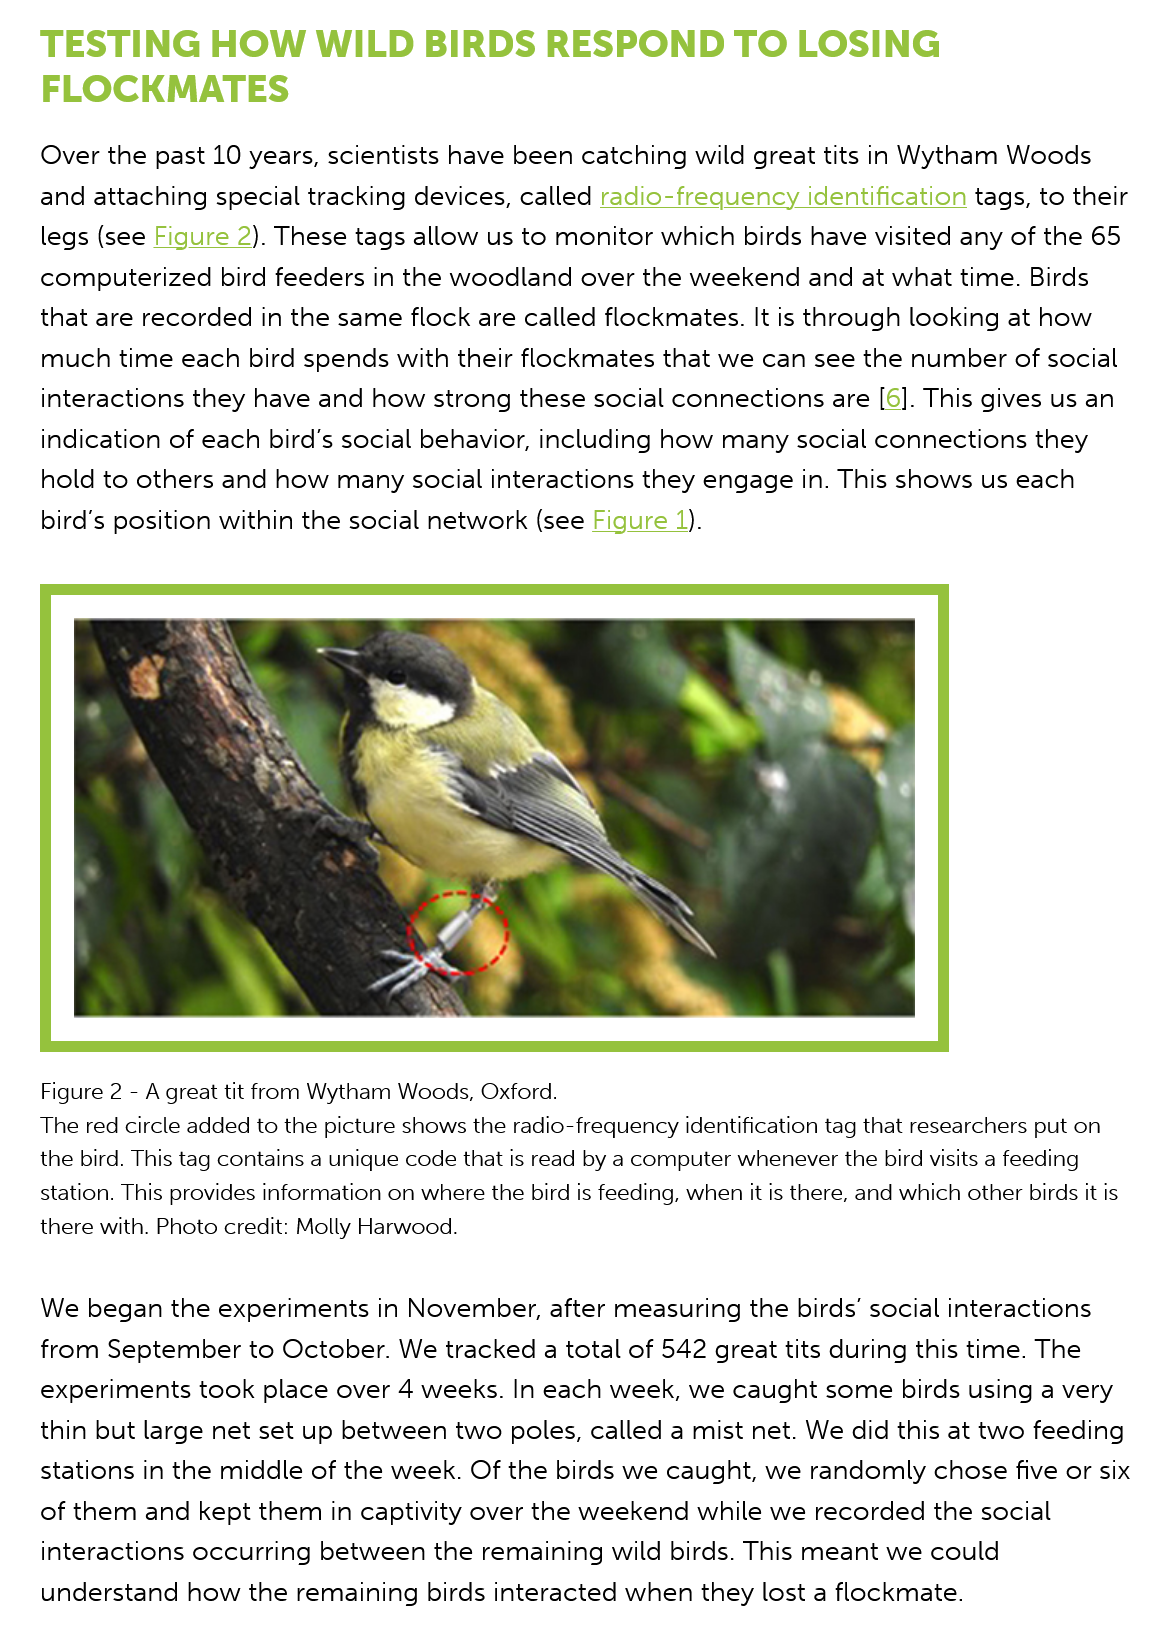
TESTING    HOW    WILD  BIRDS    RESPOND    TO    LOSING
    FLOCKMATES
    Over the  past 10 years, scientists have been catching wild great tits in Wytham  Woods
    and attaching  special tracking devices, called radio-frequency  identification tags, to their
    legs (see Figure  2). These tags allow us to monitor which birds have visited any of the 65
    computerized   bird feeders in the woodland   over the weekend   and at what  time. Birds
    that are recorded in the same flock  are called flockmates. It is through looking at how
    much time   each bird spends with  their flockmates  that we can see  the number of  social
    interactions they have and  how  strong these  social connections are  [6]. This gives us an
    indication of each bird's social behavior, including how  many social connections   they
    hold to others and  how  many social interactions  they engage  in. This shows us each
    bird's position within the social network (see Figure  1).
    Figure 2
     -
     A great tit from Wytham Woods, Oxford.
    The red circle added to the picture shows the radio-frequency identification tag that researchers put on
    the bird. This tag contains a unique code that is read by a computer whenever the bird visits a feeding
    station. This provides information on where the bird is feeding, when it is there, and which other birds it is
    there with. Photo credit: Molly Harwood.
    We  began the  experiments   in November,  after measuring  the birds’ social interactions
    from  September   to October. We  tracked  a total of 542 great tits during this time. The
    experiments  took  place over 4 weeks.  In each week,  we caught  some birds  using  a very
    thin but large net set up between  two poles, called a mist net. We  did this at two feeding
    stations in the middle of the week. Of  the birds we caught, we  randomly   chose five or six
    of them  and kept them   in captivity over the weekend while  we recorded  the social
    interactions occurring  between  the remaining  wild birds. This meant we  could
    understand  how   the remaining  birds interacted when  they lost a flockmate.